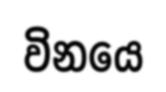
විනයෙ